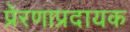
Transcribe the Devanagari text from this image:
प्रेरणाप्रदायक